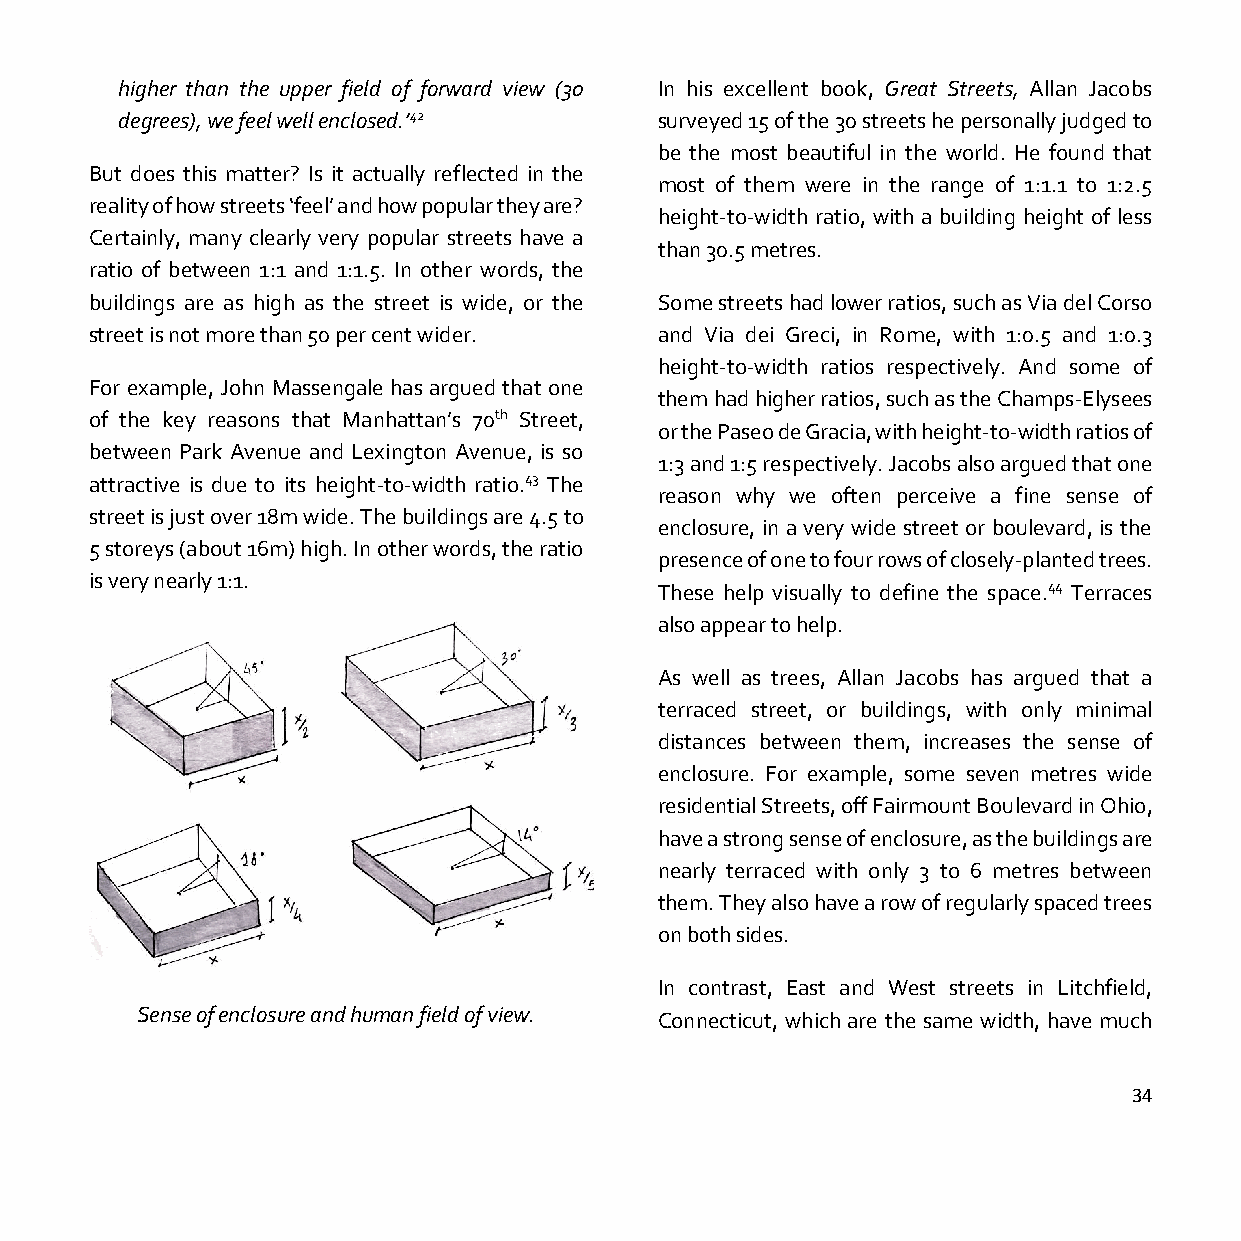
higher than the upper field of forward view (30 In his excellent book, Great Streets, Allan Jacobs
 degrees), we feel well enclosed.’42 surveyed 15 of the 30 streets he personally judged to
 be the most beautiful in the world. He found that
 But does this matter? Is it actually reflected in the
 most of them were in the range of 1:1.1 to 1:2.5
 reality of how streets ‘feel’ and how popular they are?
 height-to-width ratio, with a building height of less
 Certainly, many clearly very popular streets have a
 than 30.5 metres.
 ratio of between 1:1 and 1:1.5. In other words, the
 buildings are as high as the street is wide, or the Some streets had lower ratios, such as Via del Corso
 street is not more than 50 per cent wider. and Via dei Greci, in Rome, with 1:0.5 and 1:0.3
 height-to-width ratios respectively. And some of
 For example, John Massengale has argued that one
 them had higher ratios, such as the Champs-Elysees
 of the key reasons that Manhattan’s 70th Street,
 or the Paseo de Gracia, with height-to-width ratios of
 between Park Avenue and Lexington Avenue, is so
 1:3 and 1:5 respectively. Jacobs also argued that one
 attractive is due to its height-to-width ratio.43 The
 reason why we often perceive a fine sense of
 street is just over 18m wide. The buildings are 4.5 to
 enclosure, in a very wide street or boulevard, is the
 5 storeys (about 16m) high. In other words, the ratio
 presence of one to four rows of closely-planted trees.
 is very nearly 1:1.
 These help visually to define the space.44 Terraces
 also appear to help.
 As well as trees, Allan Jacobs has argued that a
 terraced street, or buildings, with only minimal
 distances between them, increases the sense of
 enclosure. For example, some seven metres wide
 residential Streets, off Fairmount Boulevard in Ohio,
 have a strong sense of enclosure, as the buildings are
 nearly terraced with only 3 to 6 metres between
 them. They also have a row of regularly spaced trees
 on both sides.
 In contrast, East and West streets in Litchfield,
 Sense of enclosure and human field of view. Connecticut, which are the same width, have much
 34